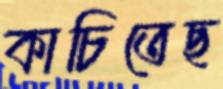
কাচিতেছ